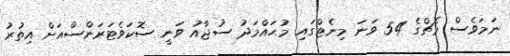
ނަމަވެސް މެޗްގެ 54 ވަނަ މިނެޓްގައި މުޙައްމަދު ސުޖާއު ވަނީ ސޮކަވެޓަރަންސްއަށް އިތުރު